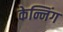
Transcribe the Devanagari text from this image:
केन्निंग